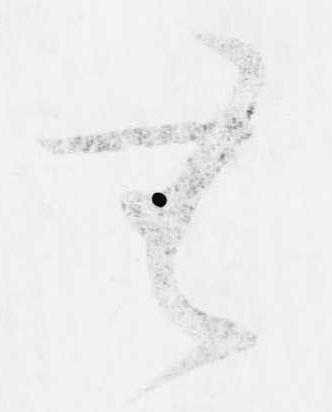
無